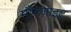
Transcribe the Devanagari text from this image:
मौनेज़ाइट